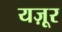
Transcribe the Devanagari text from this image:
यज़ूर